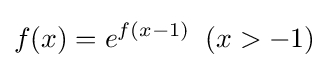
f(x)=e^{f(x-1)}\;\;(x>-1)